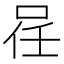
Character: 𠲉